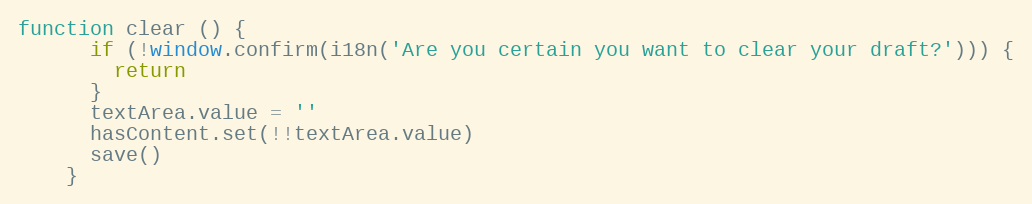
Language: JavaScript
function clear () {
      if (!window.confirm(i18n('Are you certain you want to clear your draft?'))) {
        return
      }
      textArea.value = ''
      hasContent.set(!!textArea.value)
      save()
    }